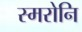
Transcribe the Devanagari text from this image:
स्मरोनि